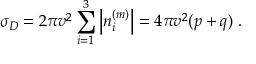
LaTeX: \sigma _ { D } = 2 \pi v ^ { 2 } \sum _ { i = 1 } ^ { 3 } \left| n _ { i } ^ { ( m ) } \right| = 4 \pi v ^ { 2 } ( p + q ) \; .